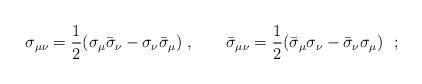
\begin{align*}\sigma_{\mu\nu}={1\over 2}(\sigma_\mu\bar\sigma_\nu -\sigma_\nu\bar\sigma_\mu)~,\hskip 0.8cm\bar\sigma_{\mu\nu}={1\over 2}(\bar\sigma_\mu\sigma_\nu -\bar\sigma_\nu\sigma_\mu)~~;\end{align*}